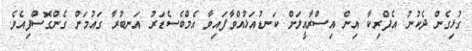
ގުޅިގެން ދެކުނު އެފްރިކާ އިން އިސްރާއީލަށް ކަނޑުއަޅުއްވާފައިވާ އެމްބެސެޑަރު އަނބުރާ ގައުމަށް ގެންގޮސްފިއެވެ.